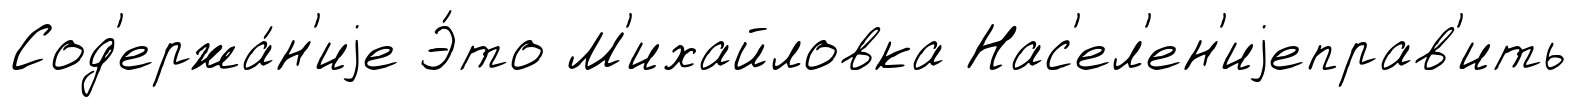
Сод'ержа́н'иjе Э́то М'ихайловка Нас'ел'ен'иjеправ'ить